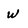
Character: W